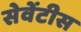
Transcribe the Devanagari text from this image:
सेवेंटीस